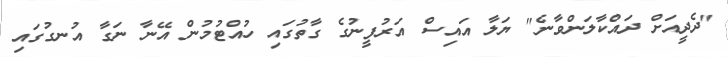
"ދެދީއަށް ދައްކާލަންވާނެ" ޔަލާ އައިސް އަރުފީނުގެ ގާތުގައި ހުއްޓުމުން އޭނާ ނަގާ އުނގުގައި